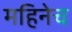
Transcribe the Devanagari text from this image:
महिनेच